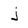
Character: j